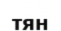
тян